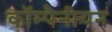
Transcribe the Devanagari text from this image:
कॉम्पैनीयन